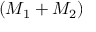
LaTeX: ( M _ { 1 } + M _ { 2 } )